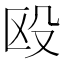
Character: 殴